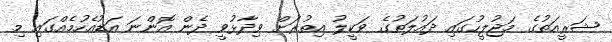
ޝަރީއަތުގެ މަޖުލީހުގައި ދައުލަތުގެ ވަކީލު އިތުރަށް ވިދާޅުވީ ދެން އޮންނަ އަޑުއެހުމެއްގައި މި